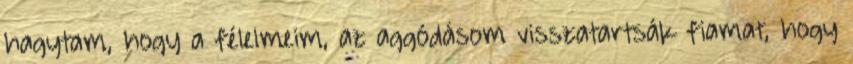
hagytam, hogy a félelmeim, az aggódásom visszatartsák fiamat, hogy